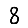
Digit: 8